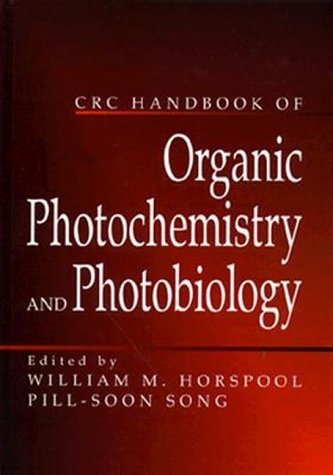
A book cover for CRC Handbook of Organic Photochemistry and Photobiology; William M. Horspool; Science & Math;